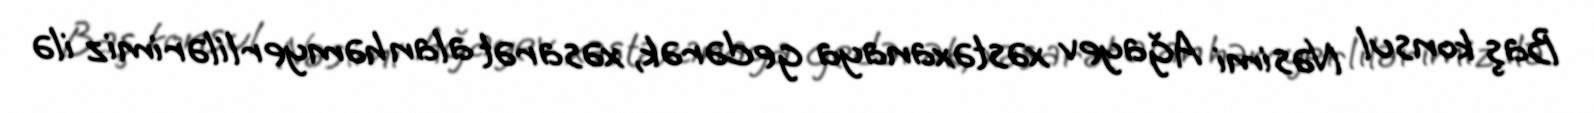
Baş konsul Nəsimi Ağayev xəstəxanaya gedərək, xəsarət alan həmyerlilərimiz ilə